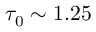
\tau _ { 0 } \sim 1 . 2 5